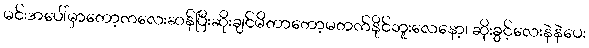
မင်းအပေါ်မှာတော့ကလေးဆန်ပြီးဆိုးချင်မိတာတော့မတက်နိုင်ဘူးလေနော့၊ ဆိုးခွင့်လေးနဲနဲပေး